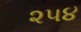
૨૫૪